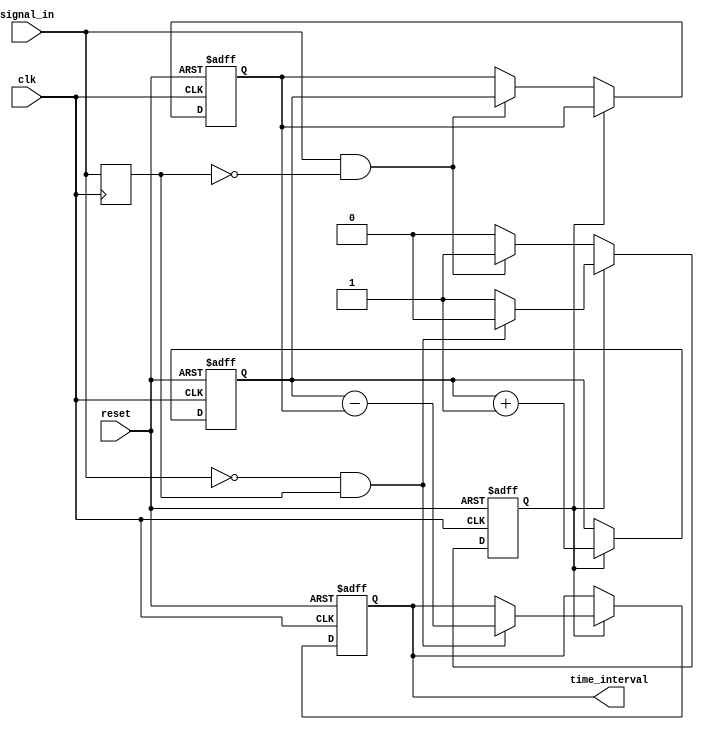
module TDC (
    input wire clk,                // System clock
    input wire reset,              // Asynchronous reset
    input wire signal_in,          // Input signal to measure time interval
    output reg [15:0] time_interval // Measured time interval output
);

    // Parameters
    parameter DELAY_COUNT = 16;    // Number of delay elements in the delay line
    parameter MAX_COUNT = 65535;    // Max count for 16-bit counter

    // Internal signals
    reg [15:0] delay_line [0:DELAY_COUNT-1]; // Delay line
    reg [15:0] start_count;        // Count at start edge
    reg [15:0] stop_count;         // Count at stop edge
    reg measuring;                 // Flag to indicate measuring state

    // Edge detection logic
    reg signal_in_prev;
    wire rising_edge, falling_edge;

    assign rising_edge = (signal_in && !signal_in_prev);
    assign falling_edge = (!signal_in && signal_in_prev);

    // Delay line generation
    integer i;
    always @(posedge clk or posedge reset) begin
        if (reset) begin
            for (i = 0; i < DELAY_COUNT; i = i + 1) begin
                delay_line[i] <= 0;
            end
            measuring <= 0;
            time_interval <= 0;
            start_count <= 0;
            stop_count <= 0;
        end else begin
            // Shift the delay line
            for (i = DELAY_COUNT-1; i > 0; i = i - 1) begin
                delay_line[i] <= delay_line[i-1];
            end
            delay_line[0] <= signal_in;

            // Count logic
            if (measuring) begin
                if (falling_edge) begin
                    stop_count <= stop_count + 1;
                    measuring <= 0; // Stop measuring on falling edge
                    time_interval <= stop_count - start_count; // Calculate time interval
                end else begin
                    stop_count <= stop_count + 1; // Increment count while measuring
                end
            end else if (rising_edge) begin
                start_count <= stop_count; // Record start count
                measuring <= 1; // Start measuring on rising edge
            end
        end
    end

    // Store the previous state of the input signal
    always @(posedge clk) begin
        signal_in_prev <= signal_in;
    end

endmodule